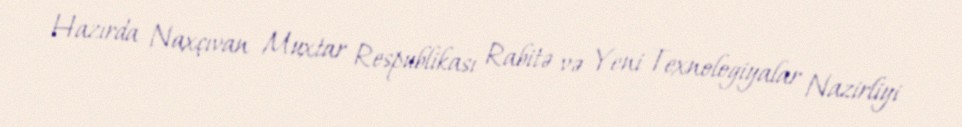
Hazırda Naxçıvan Muxtar Respublikası Rabitə və Yeni Texnologiyalar Nazirliyi